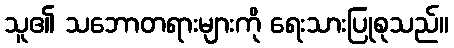
သူ၏ သဘောတရားများကို ရေးသားပြုစုသည်။